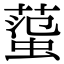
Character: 𧍙